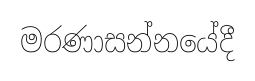
මරණාසන්නයේදී